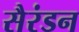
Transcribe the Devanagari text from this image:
सैरंडन